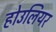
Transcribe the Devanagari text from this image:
होउलियर